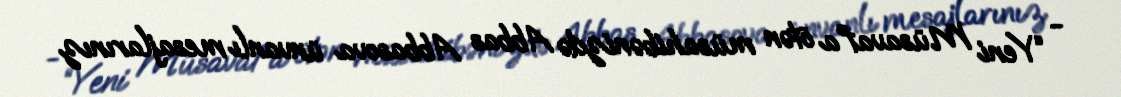
- “Yeni Müsavat”a ötən müsahibənizdə Abbas Abbasova ünvanlı mesajlarınız